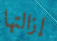
إزالتها